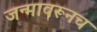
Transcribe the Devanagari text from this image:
जन्मावरूनच